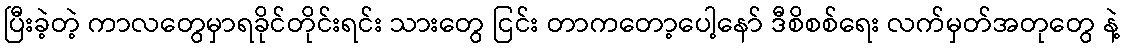
ပြီးခဲ့တဲ့ ကာလတွေမှာရခိုင်တိုင်းရင်း သားတွေ ငြင်း တာကတော့ပေါ့နော် ဒီစိစစ်ရေး လက်မှတ်အတုတွေ နဲ့